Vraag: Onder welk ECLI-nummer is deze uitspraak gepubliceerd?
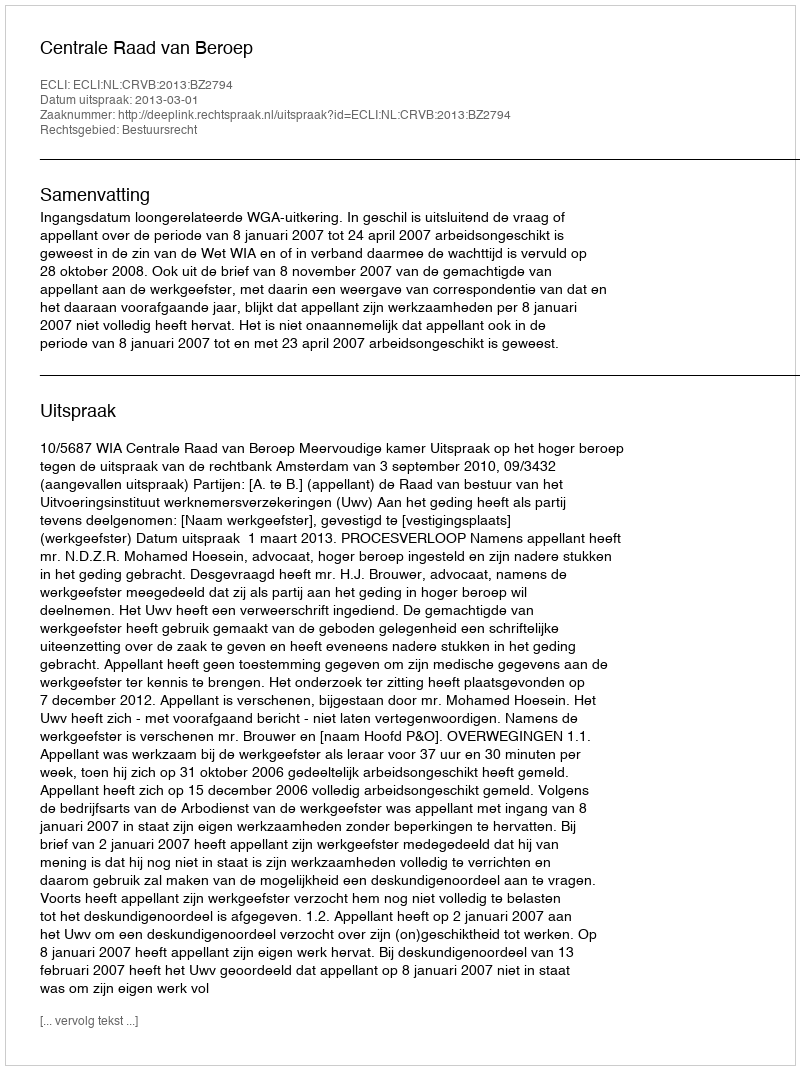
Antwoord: ECLI:NL:CRVB:2013:BZ2794